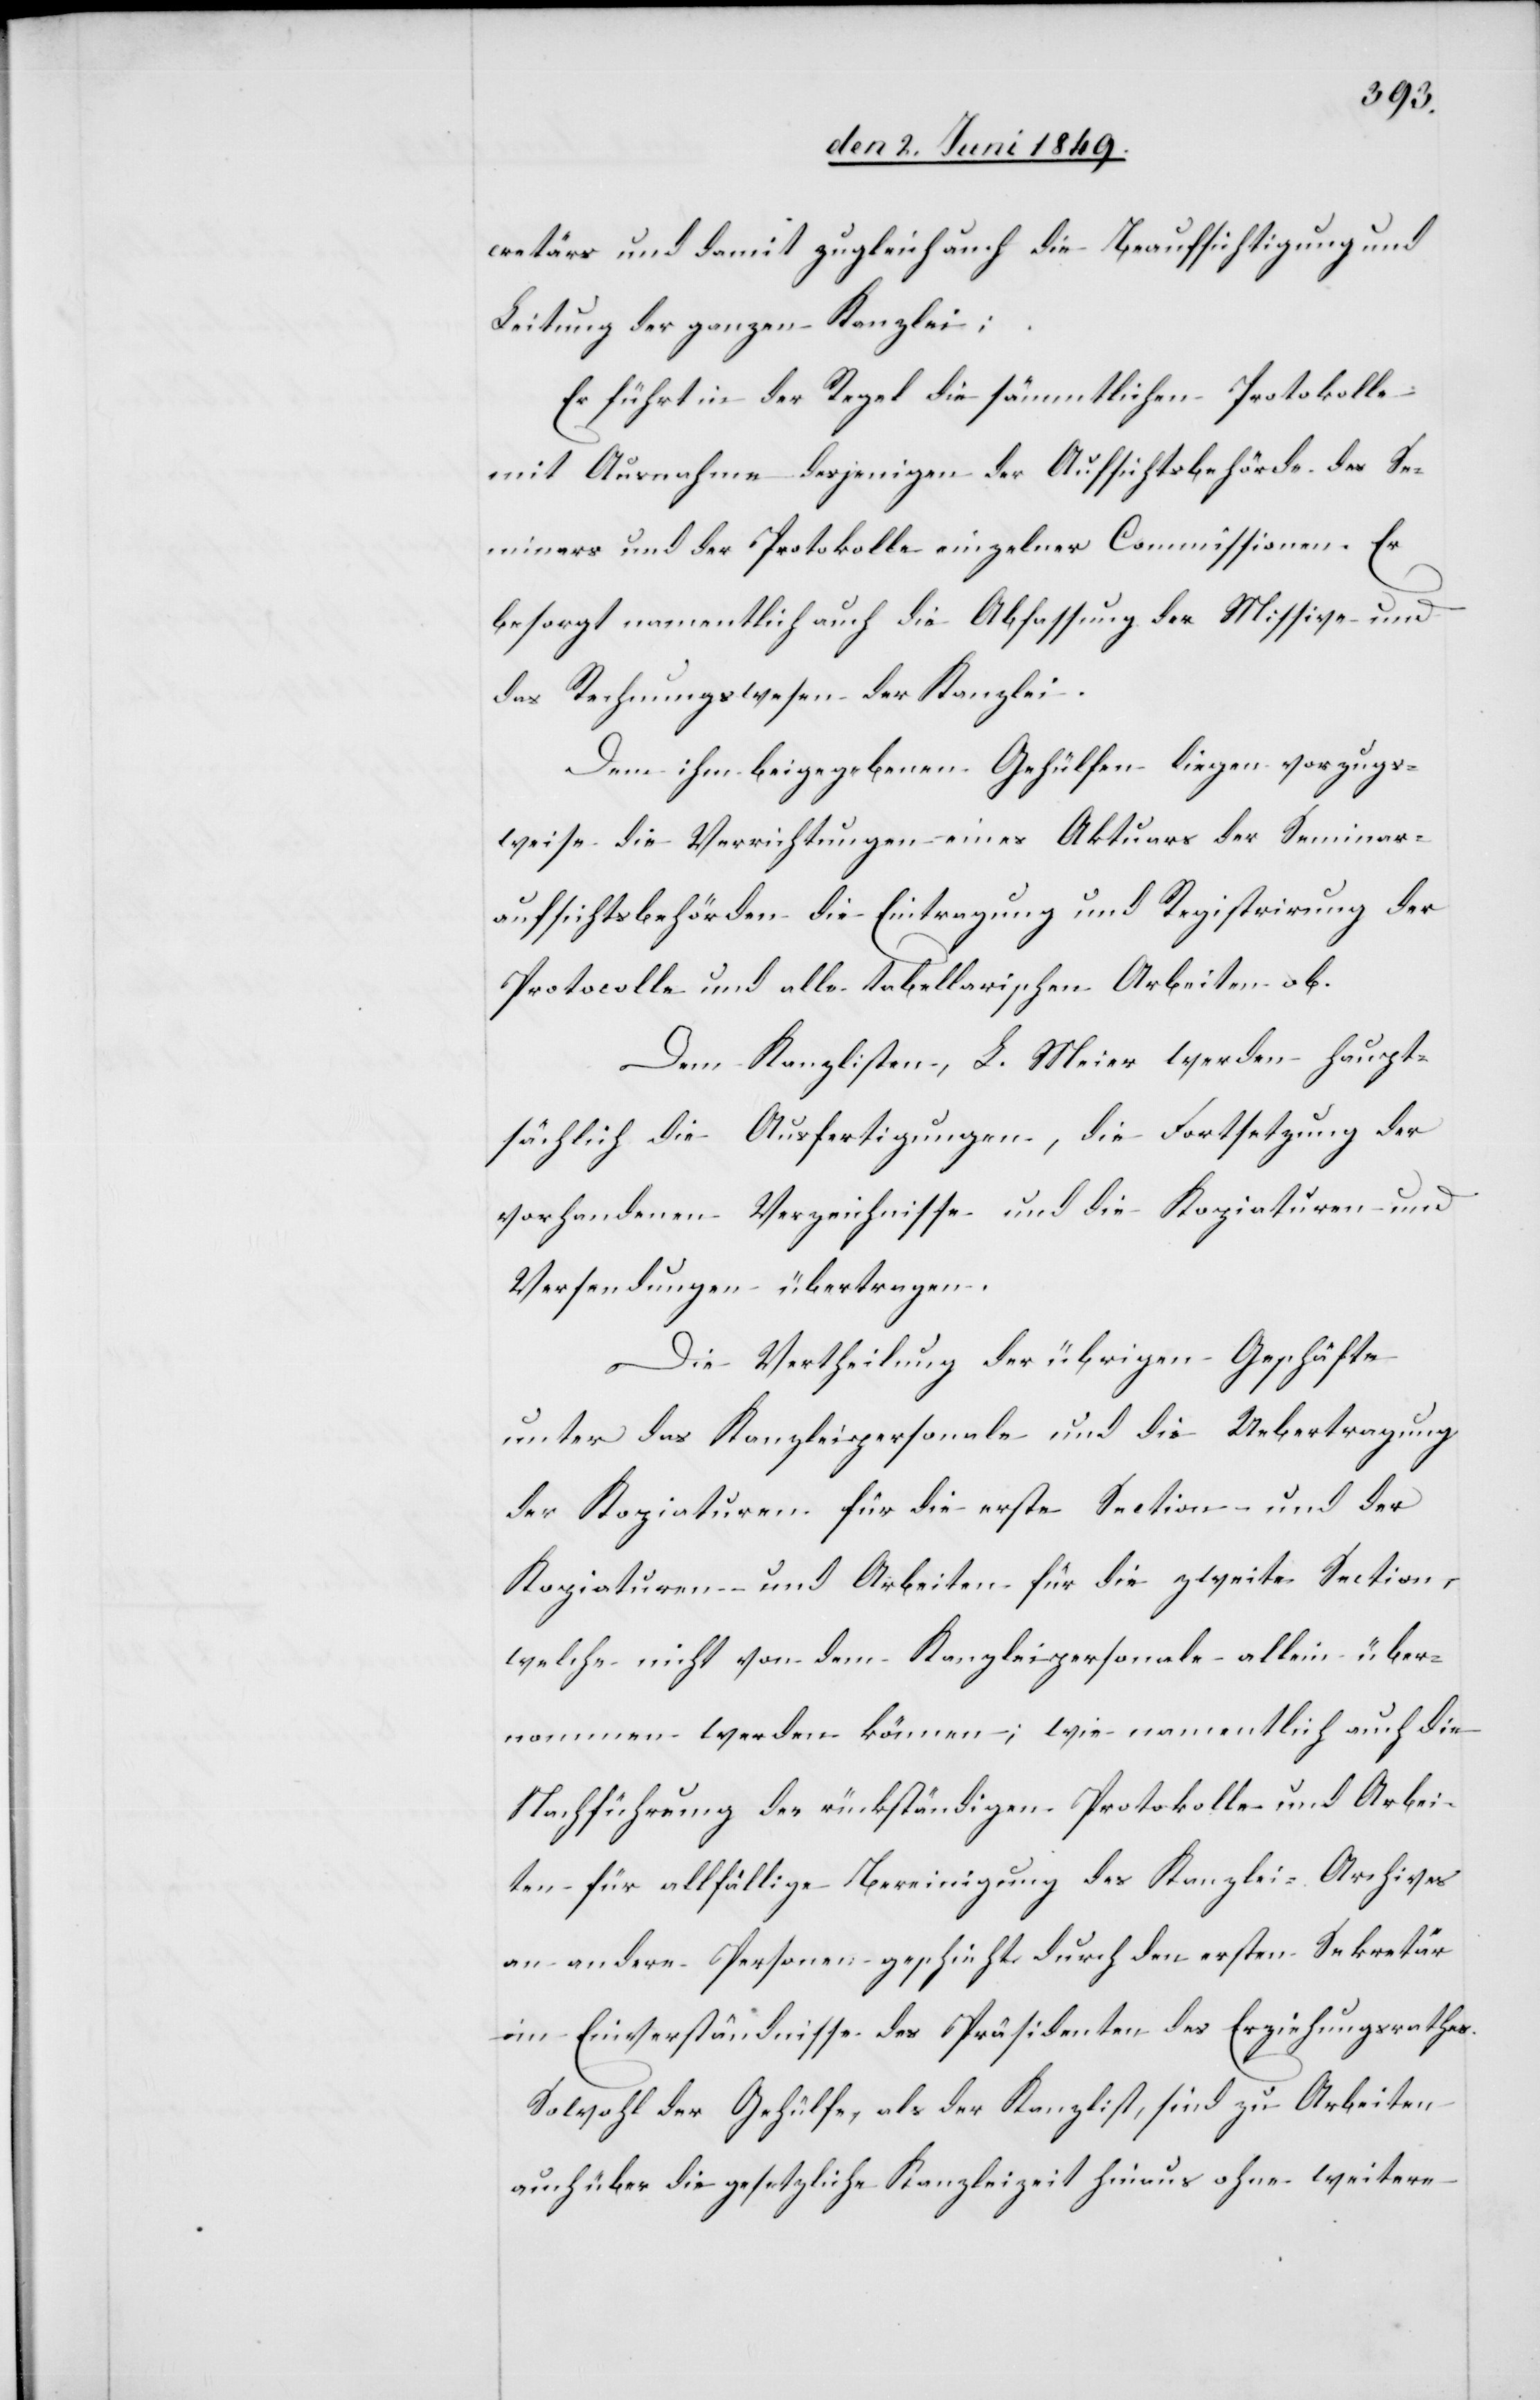
cretär und damit zugleich auch die Beaufsichtigung und
Leitung der ganzen Kanzlei;
Er führt in der Regel die sämmtlichen Protokolle
mit Ausnahme desjenigen der Aufsichtsbehörde des Se¬
minars und der Protokolle einzelner Commissionen. Er
besorgt namentlich auch die Abfassung der Missive und
das Rechnungswesen der Kanzlei.
Dem ihm beigegeben Gehülfen liegen vorzugs¬
weise die Verrichtungen eines Aktuars der Seminar¬
aufsichtsbehörden die Eintragung und Registrirung der
Protocolle und alle tabellarischen Arbeiten ob.
Dem Kanzlisten, L. Meier werden haupt¬
sächlich die Ausfertigungen, die Fortsetzung der
vorhandenen Verzeichnisse und die Kopituren und
Versendungen übertragen.
Die Vertheilung der übrigen Geschäfte
unter das Kanzleipersonale und die Uebertragung
der Kopiaturen für die erste Section und der
Kopiaturen und Arbeiten für die zweite Section,
welche nicht von dem Kanzleipersonale allein über¬
nommen werden können; wie namentlich auch die
Nachführung der rückständigen Protokolle und Arbei¬
ten für allfällige Bereinigung des Kanzlei-Archives
an andere Personen geschieht durch den ersten Sekretär
im Einverständnisse des Präsidenten des Erziehungsrathes.
Sowohl der Gehülfe, als der Kanzlist, sind zu Arbeiten
auch über die gesetzliche Kanzleizeit hinaus ohne weitere